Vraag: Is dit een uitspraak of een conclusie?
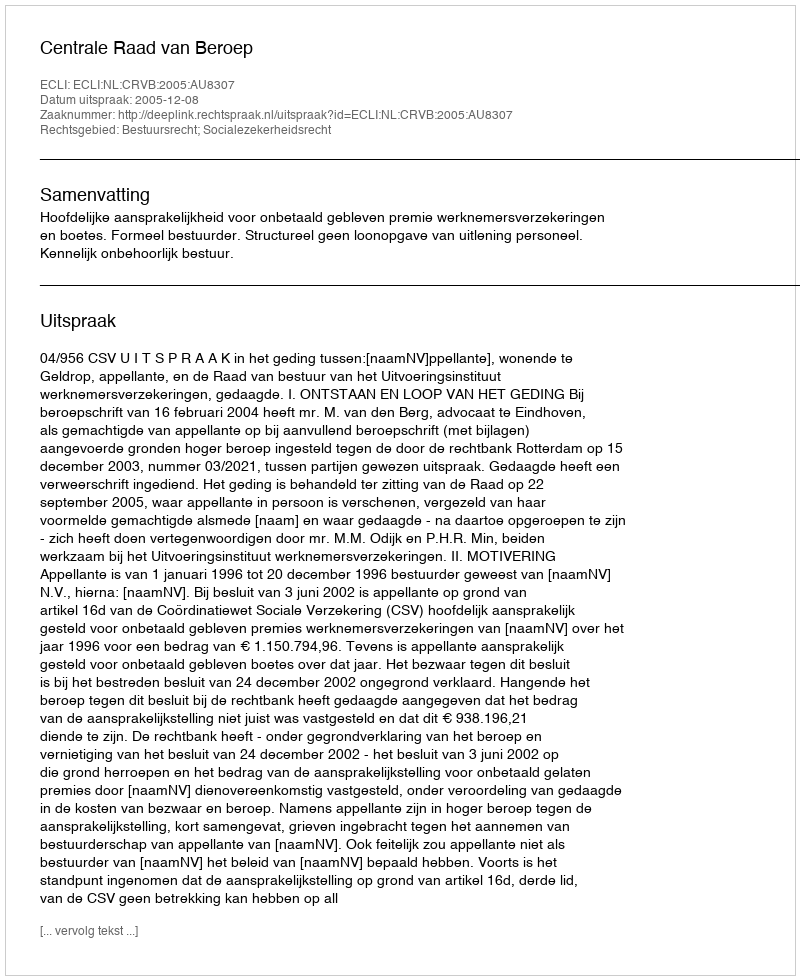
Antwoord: Uitspraak